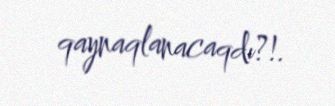
qaynaqlanacaqdı?!.